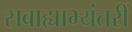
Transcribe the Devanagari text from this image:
सबाह्याभ्यंतरीं